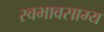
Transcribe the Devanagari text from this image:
स्वभावसाम्य